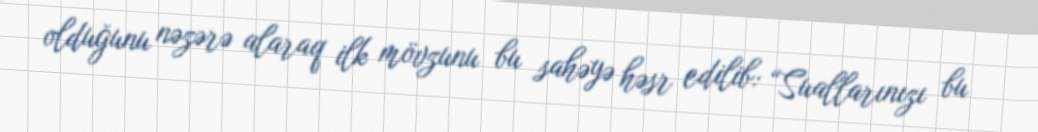
olduğunu nəzərə alaraq ilk mövzunu bu sahəyə həsr edilib: “Suallarınızı bu